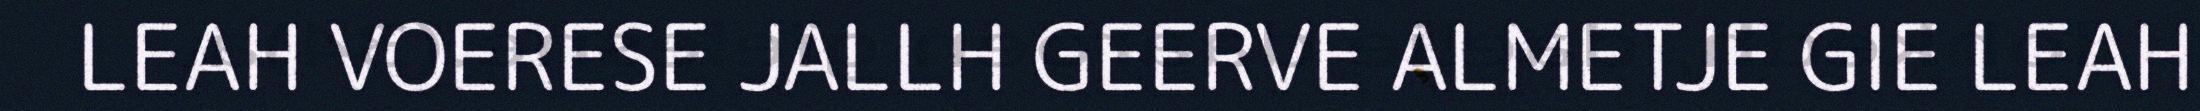
LEAH VOERESE JALLH GEERVE ALMETJE GIE LEAH